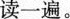
读一遍